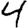
Digit: 4